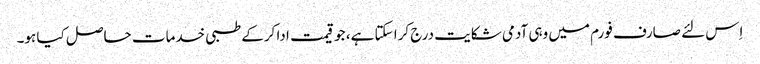
اِس لئے صارف فورم میں وہی آدمی شکایت درج کرا سکتا ہے، جو قیمت ادا کرکے طبی خدمات حاصل کیا ہو۔